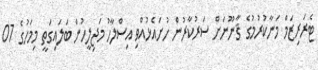
ޓެރަރިޒަމް މަނާކުރުމުގެ ޤާނޫނަށް ސަރުކާރުން ހުށައެޅުއްވި އިސްލާހު މަޖިލީހުން ބަލައިގަތީ މިމަހުގެ 07